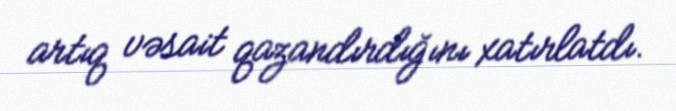
artıq vəsait qazandırdığını xatırlatdı.